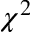
\chi ^ { 2 }